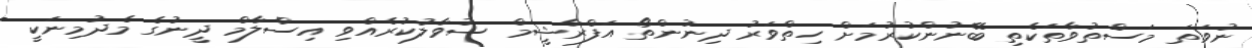
ނުވަތަ މަސްތުވާތަކެތި ބޭނުންކުރުމަށް ހިތްވަރު ދިނުންތޯ އަފްރާޝީމް ސުވާލުކުރެއްވި އިސްލާމް ދީނުގެ މެދުމިނަކީ